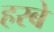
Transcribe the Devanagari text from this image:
हरबे